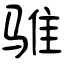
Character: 骓